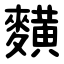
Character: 䵃